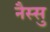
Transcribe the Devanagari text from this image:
नैस्सु